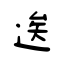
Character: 逘